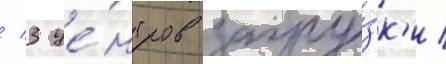
/ 3 це́нтров загру́зк'и